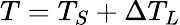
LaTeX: T=T_{S}+\Delta T_{L}